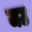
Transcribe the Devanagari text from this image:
जउ